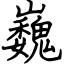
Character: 巍